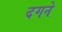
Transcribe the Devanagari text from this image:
दगने